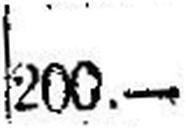
200.—